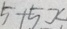
5 + 5 x